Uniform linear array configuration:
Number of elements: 32
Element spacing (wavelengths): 0.75
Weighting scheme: hann
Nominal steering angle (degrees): -45
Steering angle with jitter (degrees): -45.046
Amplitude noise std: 0.05
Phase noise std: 0.05

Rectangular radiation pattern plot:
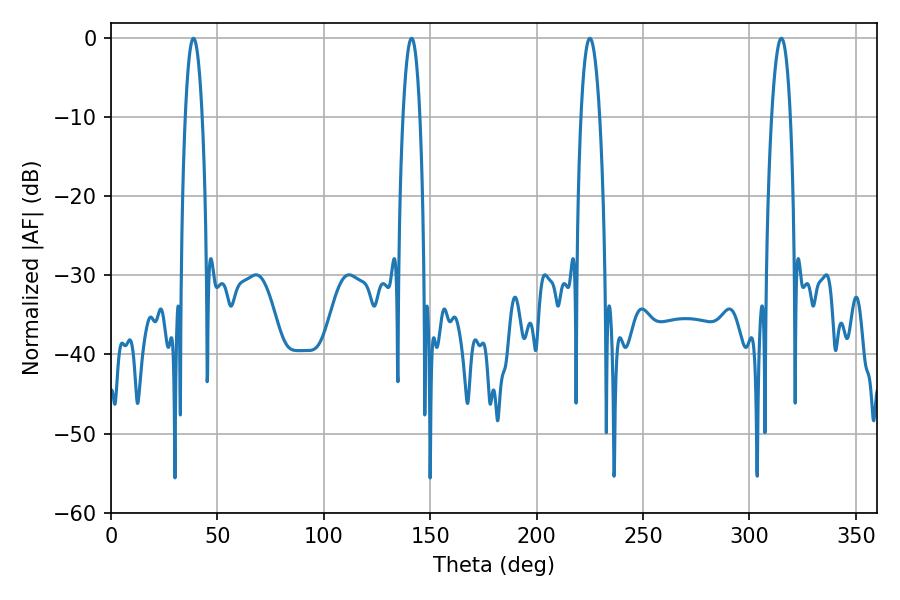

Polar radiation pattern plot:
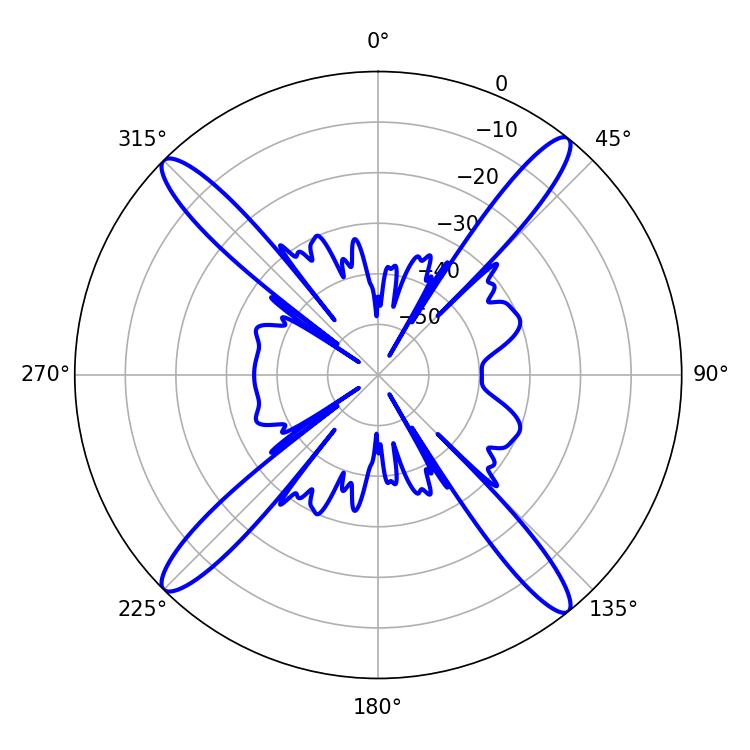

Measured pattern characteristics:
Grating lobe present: TRUE
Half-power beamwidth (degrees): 4.86
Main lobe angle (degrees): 225